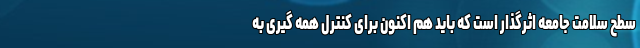
سطح سلامت جامعه اثرگذار است که باید هم اکنون برای کنترل همه گیری به